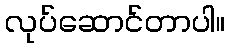
လုပ်ဆောင်တာပါ။